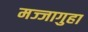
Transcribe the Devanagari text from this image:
मज्जागुहा